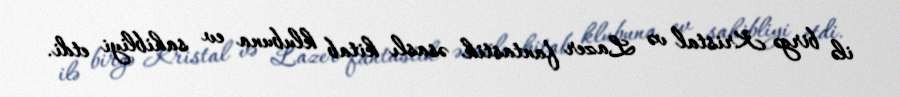
ilə birgə Kristal və Lazer fantastik əsaslı kitab klubuna ev sahibliyi etdi.